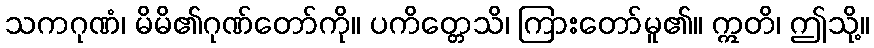
သကဂုဏံ၊ မိမိ၏ဂုဏ်တော်ကို။ ပကိတ္တေသိ၊ ကြားတော်မူ၏။ ဣတိ၊ ဤသို့။